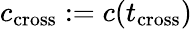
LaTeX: c_{\mathrm{cross}}:=c(t_{\mathrm{cross}})